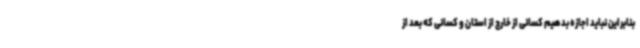
بنابراین نباید اجازه بدهیم کسانی از خارج از استان و کسانی که بعد از